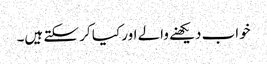
خواب دیکھنے والے اور کیا کر سکتے ہیں۔